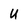
Character: U